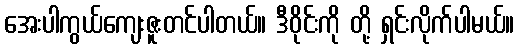
အေးပါကွယ်ကျေးဇူးတင်ပါတယ်။ ဒီဝိုင်းကို တို့ ရှင်းလိုက်ပါမယ်။